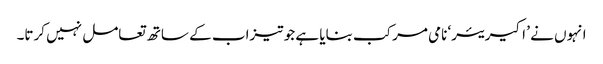
انہوں نے ’ اکیریئر‘ نامی مرکب بنایا ہے جو تیزاب کے ساتھ تعامل نہیں کرتا۔